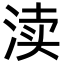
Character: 渎